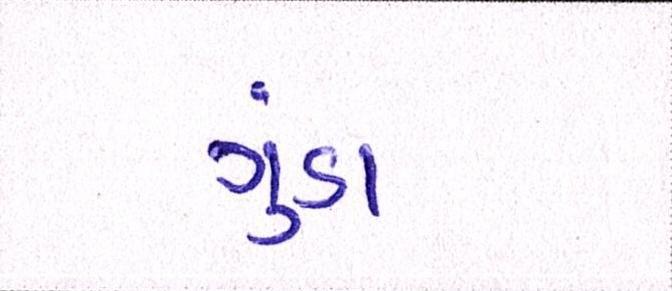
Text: ગુંડા